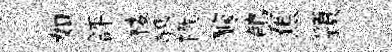
如評楼醪幟醵鶺焦頴